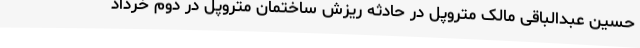
حسین عبدالباقی مالک متروپل در حادثه ریزش ساختمان متروپل در دوم خرداد